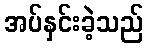
အပ်နှင်းခဲ့သည်